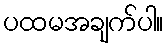
ပထမအချက်ပါ။